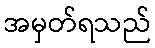
အမှတ်ရသည်